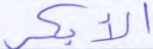
الأبكر